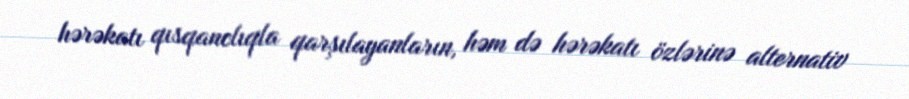
hərəkatı qısqanclıqla qarşılayanların, həm də hərəkatı özlərinə alternativ